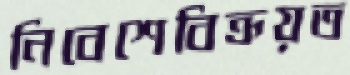
নিবেশেবিক্রয়ত